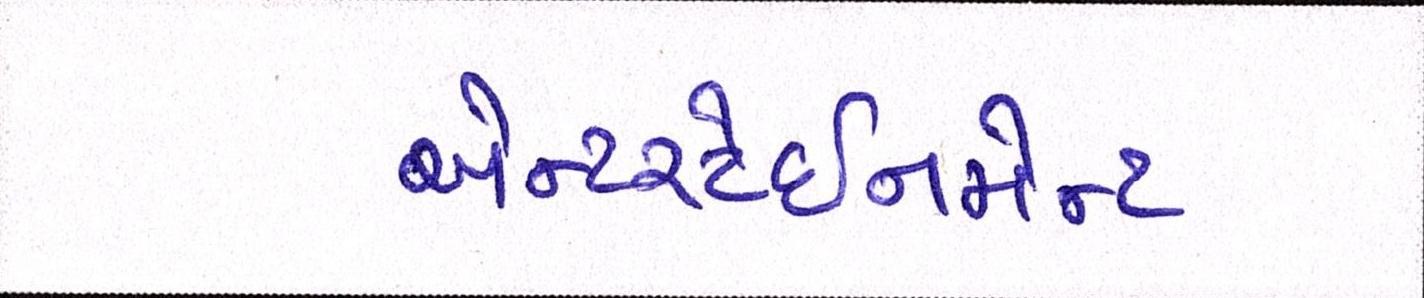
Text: એન્ટરટેઈનમેન્ટ